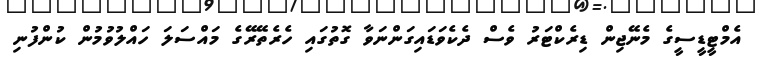
އެމްޓީޑީސީގެ މެނޭޖިން ޑިރެކްޓަރު ވެސް ދެކެވަޑައިގަންނަވާ ގޮތުގައި ހެރެތޭރޭގެ މައްސަލަ ހައްލުވުމުން ކުންފުނި